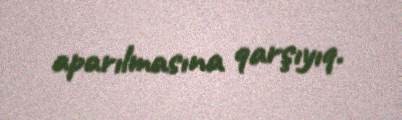
aparılmasına qarşıyıq.